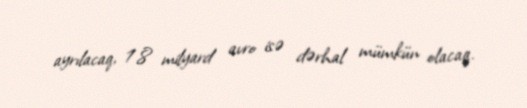
ayrılacaq, 1.8 milyard avro isə dərhal mümkün olacaq.